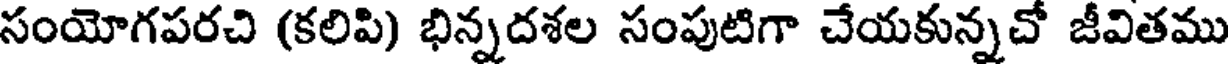
సంయోగపరచి (కలిపి) భిన్నదశల సంపుటిగా చేయకున్నచో జీవితము